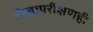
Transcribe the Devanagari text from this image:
लेखापरीक्षणही